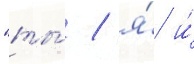
"ты́ / я́ и́